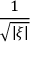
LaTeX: \frac { 1 } { \sqrt { | \xi | } }